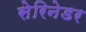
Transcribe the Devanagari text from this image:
सेरिनेडर